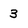
Character: 3